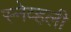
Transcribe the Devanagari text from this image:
स्नेव्हली